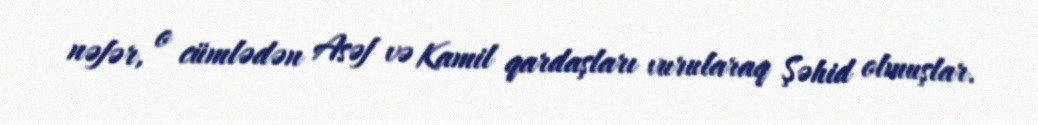
nəfər, o cümlədən Asəf və Kamil qardaşları vurularaq Şəhid olmuşlar.